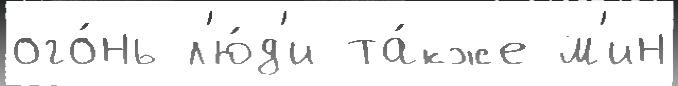
ого́нь л'ю́д'и та́кже м'ин